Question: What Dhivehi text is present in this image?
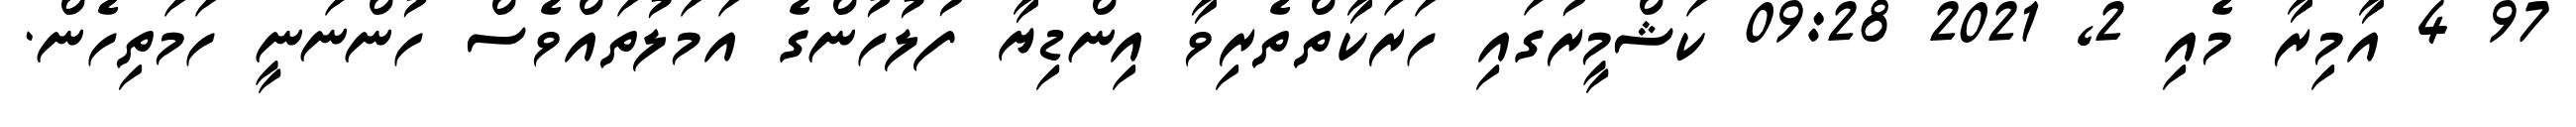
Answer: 97 4 އާމިރާ މެއި 2, 2021 09:28 ކަޝްމީރުގައި ހަރަކާތްތެރިވާ އިންޑިޔާ ފުލުހުންގެ އަމަލުތައްވެސް ހުންނަނީ ހަމަތިހެން.